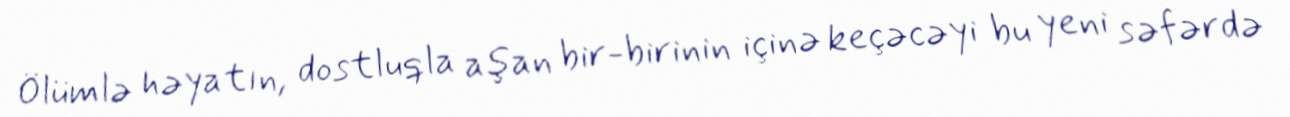
Ölümlə həyatın, dostluqla aşan bir-birinin içinə keçəcəyi bu yeni səfərdə